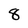
Character: 8